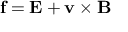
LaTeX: \mathbf { f } = \mathbf { E } + \mathbf { v } \times \mathbf { B }